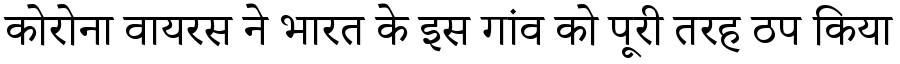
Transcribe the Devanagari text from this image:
कोरोना वायरस ने भारत के इस गांव को पूरी तरह ठप किया